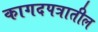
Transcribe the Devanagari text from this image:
कागदपत्रातील